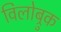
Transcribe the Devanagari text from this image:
विलोब्रुक